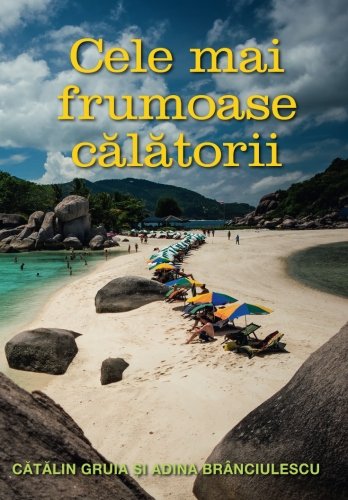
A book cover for Cele mai frumoase calatorii: O colectie personala de superlative (Romanian Edition); Catalin Gruia; Travel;